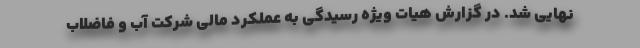
نهایی شد. در گزارش هیات ویژه رسیدگی به عملکرد مالی شرکت آب و فاضلاب